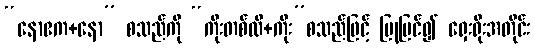
“နောဧက+နော” စသည်ကို “ကိုးတစ်လီ+ကိုး”စသည်ဖြင့် ပြုပြင်၍ ရှေးရိုးအတိုင်း